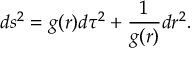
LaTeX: d s ^ { 2 } = g ( r ) d \tau ^ { 2 } + { \frac { 1 } { g ( r ) } } d r ^ { 2 } .